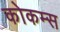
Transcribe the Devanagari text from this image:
कोकम्स